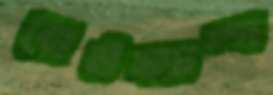
বোউক্যাম্প